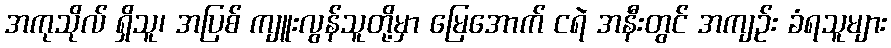
အကုသိုလ် ရှိသူ၊ အပြစ် ကျူးလွန်သူတို့မှာ မြေအောက် ငရဲ အနီးတွင် အကျဉ်း ခံရသူများ